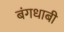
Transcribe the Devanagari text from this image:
बंगधाबी